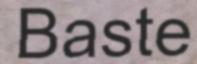
Baste